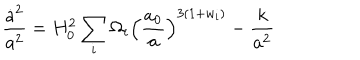
LaTeX: \frac { \dot { a } ^ { 2 } } { a ^ { 2 } } = H _ { 0 } ^ { 2 } \sum _ { i } \Omega _ { i } \left( \frac { a _ { 0 } } { a } \right) ^ { 3 ( 1 + w _ { i } ) } - \frac { k } { a ^ { 2 } }